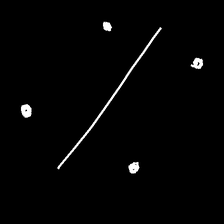
Glyph: cool